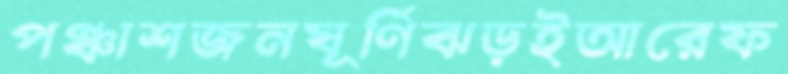
পঞ্চাশজনঘূর্ণিঝড়ইআরেফ